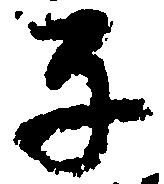
子